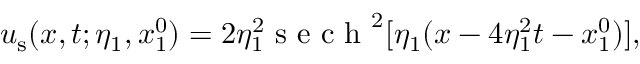
u _ { \mathrm { s } } ( x , t ; \eta _ { 1 } , x _ { 1 } ^ { 0 } ) = 2 \eta _ { 1 } ^ { 2 } \mathrm { ~ s ~ e ~ c ~ h ~ } ^ { 2 } [ \eta _ { 1 } ( x - 4 \eta _ { 1 } ^ { 2 } t - x _ { 1 } ^ { 0 } ) ] ,